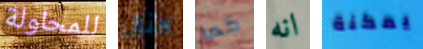
للمحاولة لاتزال كما انه يمكنة